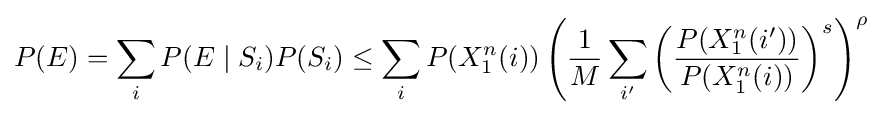
P(E)=\sum _{i}P(E\mid S_{i})P(S_{i})\leq \sum _{i}P(X_{1}^{n}(i))\left({\frac {1}{M}}\sum _{i'}\left({\frac {P(X_{1}^{n}(i'))}{P(X_{1}^{n}(i))}}\right)^{s}\right)^{\rho }